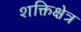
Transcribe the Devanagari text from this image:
शक्तिक्षेत्र